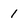
Character: 1